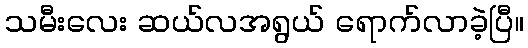
သမီးလေး ဆယ်လအရွယ် ရောက်လာခဲ့ပြီ။